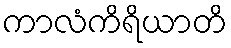
ကာလံကိရိယာတိ